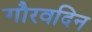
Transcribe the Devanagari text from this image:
गौरवदिन